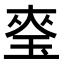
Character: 𭹎